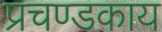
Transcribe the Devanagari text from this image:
प्रचण्डकाय